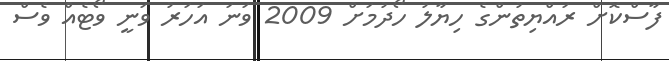
ފާސްކޮށް ރައްޔިތުންގެ ހިޔާލު ހޯދުމަށް 2009 ވަނަ އަހަރު ވަނީ ވޯޓެއް ވެސް